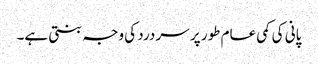
پانی کی کمی عام طور پر سر درد کی وجہ بنتی ہے۔